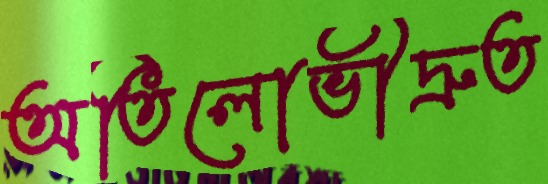
অতিলোভীদ্রুত